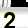
Digit: 2